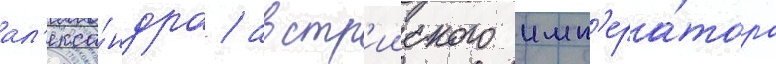
ал'екса́ндра / австр'ииского имп'ера́тора